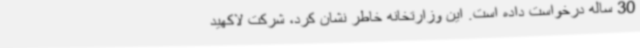
30 ساله درخواست داده است. این وزارتخانه خاطر نشان کرد، شرکت لاکهید